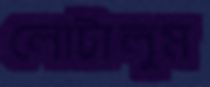
লোটালুম